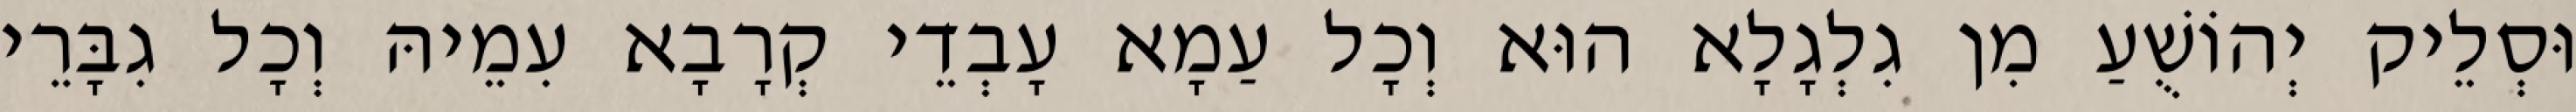
וּסְלֵיק יְהוֹשֻׁעַ מִן גִלְגָלָא הוּא וְכָל עַמָא עָבְדֵי קְרָבָא עִמֵיהּ וְכָל גִבָּרֵי